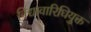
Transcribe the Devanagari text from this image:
विद्यावारिधियुक्त